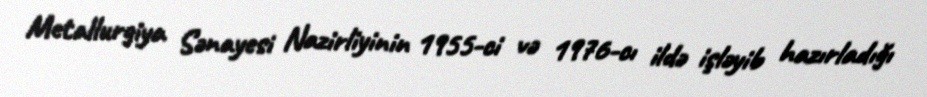
Metallurgiya Sənayesi Nazirliyinin 1955-ci və 1976-cı ildə işləyib hazırladığı